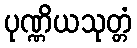
ပုဏ္ဏိယသုတ္တံ